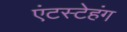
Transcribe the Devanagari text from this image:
एंटस्टेहंग